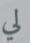
لي